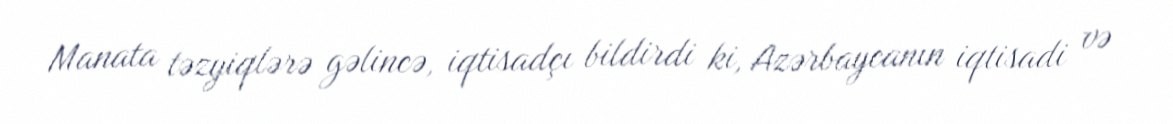
Manata təzyiqlərə gəlincə, iqtisadçı bildirdi ki, Azərbaycanın iqtisadi və